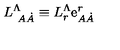
L _ { \ A \dot { A } } ^ { \Lambda } \equiv L _ { r } ^ { \Lambda } \mathrm { e } _ { A \dot { A } } ^ { r }